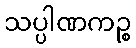
သပ္ပါဏကဉ္စ